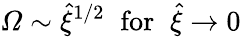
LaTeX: \mathit{\Omega}\sim\hat{\xi}^{1/2}\; \; \mathrm{for}\; \; \hat{\xi}\rightarrow 0